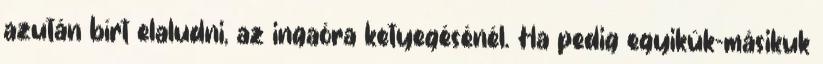
azután bírt elaludni, az ingaóra ketyegésénél. Ha pedig egyikük-másikuk